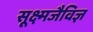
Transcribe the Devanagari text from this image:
सूक्ष्मजैविज्ञ